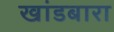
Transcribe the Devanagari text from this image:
खांडबारा